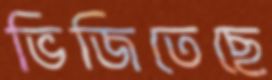
ভিজিতেছে